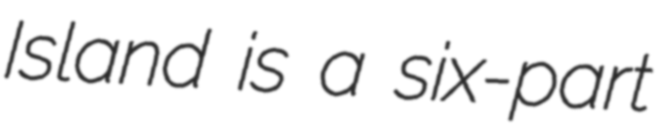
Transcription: Island is a six-part